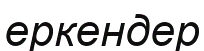
еркендер